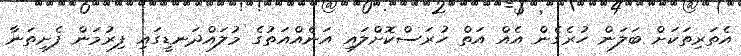
އެތަރިތަކަށް ބަލަން ހުރެގެން އެއް އަތް ހުރަސްކޮށްލައި އަނެއްއަތުގެ މުލައްދަނޑީގައި ފިރުމަން ފެށިތަނާ